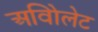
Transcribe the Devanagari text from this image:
अविोलेट